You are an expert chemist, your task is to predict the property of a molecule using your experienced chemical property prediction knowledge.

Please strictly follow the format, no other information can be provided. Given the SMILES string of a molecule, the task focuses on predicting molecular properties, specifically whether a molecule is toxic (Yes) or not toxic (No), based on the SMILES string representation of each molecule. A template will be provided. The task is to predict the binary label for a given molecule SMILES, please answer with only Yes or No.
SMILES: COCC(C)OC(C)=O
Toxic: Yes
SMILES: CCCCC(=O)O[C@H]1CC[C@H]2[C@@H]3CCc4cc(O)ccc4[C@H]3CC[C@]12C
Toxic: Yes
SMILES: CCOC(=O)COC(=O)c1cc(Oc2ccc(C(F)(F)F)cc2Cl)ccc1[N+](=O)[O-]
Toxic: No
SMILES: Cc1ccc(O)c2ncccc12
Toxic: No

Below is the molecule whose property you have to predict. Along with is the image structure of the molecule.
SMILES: CN1CCCCC1CCN1c2ccccc2Sc2ccc(S(C)=O)cc21
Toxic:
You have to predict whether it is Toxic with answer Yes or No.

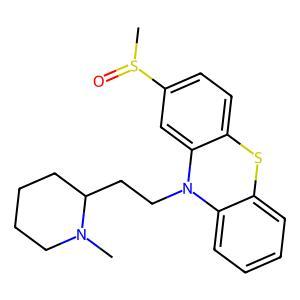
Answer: No